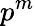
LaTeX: p^{m}